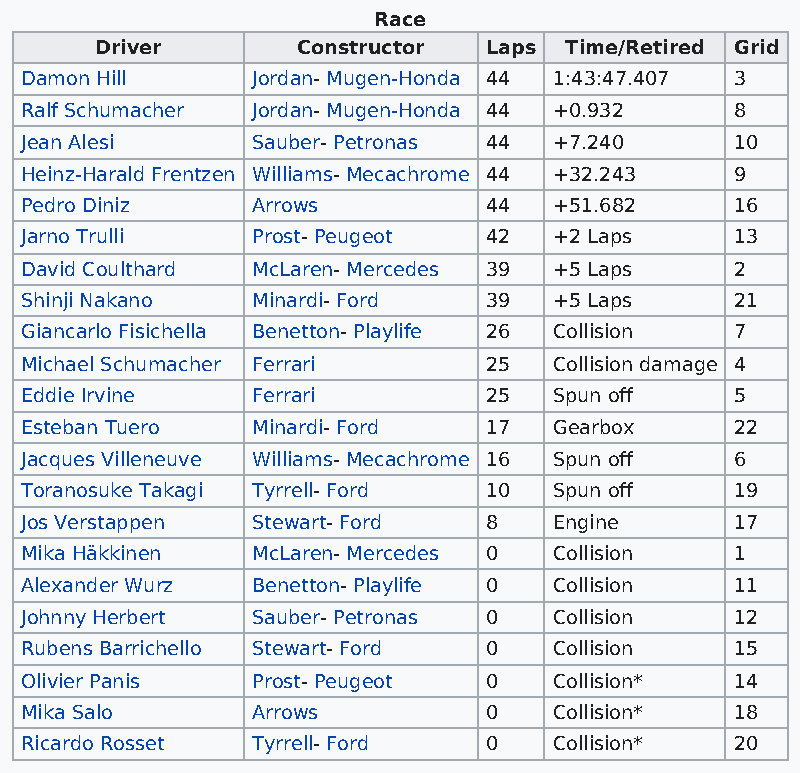
Race
 Driver        Constructor Laps Time/Retired Grid
 Damon Hill      Jordan- Mugen-Honda 44 1:43:47.407 3
 Ralf Schumacher Jordan- Mugen-Honda 44 +0.932   8
 Jean Alesi      Sauber- Petronas 44 +7.240      10
 Heinz-Harald Frentzen Williams- Mecachrome 44 +32.243 9
 Pedro Diniz     Arrows         44   +51.682     16
 Jarno Trulli    Prost- Peugeot 42   +2 Laps     13
 David Coulthard McLaren- Mercedes 39 +5 Laps    2
 Shinji Nakano   Minardi- Ford  39   +5 Laps     21
 Giancarlo Fisichella Benetton- Playlife 26 Collision 7
 Michael Schumacher Ferrari     25   Collision damage 4
 Eddie Irvine    Ferrari        25   Spun off    5
 Esteban Tuero   Minardi- Ford  17   Gearbox     22
 Jacques Villeneuve Williams- Mecachrome 16 Spun off 6
 Toranosuke Takagi Tyrrell- Ford 10  Spun off    19
 Jos Verstappen  Stewart- Ford  8    Engine      17
 Mika Häkkinen   McLaren- Mercedes 0 Collision   1
 Alexander Wurz  Benetton- Playlife 0 Collision  11
 Johnny Herbert  Sauber- Petronas 0  Collision   12
 Rubens Barrichello Stewart- Ford 0  Collision   15
 Olivier Panis   Prost- Peugeot 0    Collision*  14
 Mika Salo       Arrows         0    Collision*  18
 Ricardo Rosset  Tyrrell- Ford  0    Collision*  20